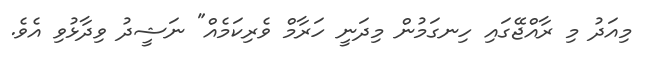
މިއަދު މި ރާއްޖޭގައި ހިނގަމުން މިދަނީ ހަރާމް ވެރިކަމެއް" ނަޝީދު ވިދާޅުވި އެވެ.